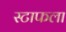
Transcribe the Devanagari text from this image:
स्टाफला